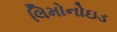
લિમોનોઇડ